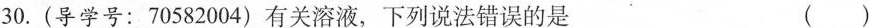
30.(导学号：70582004)有关溶液，下列说法错误的是 ( )